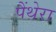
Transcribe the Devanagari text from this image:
पैंथेरा